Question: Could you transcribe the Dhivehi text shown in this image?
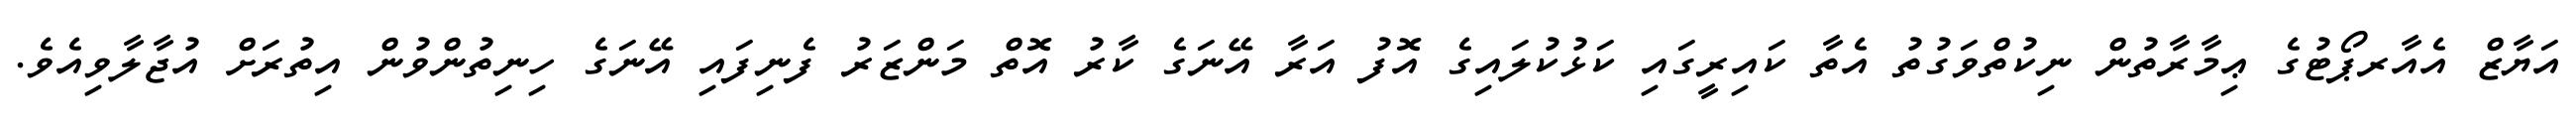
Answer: އަޔާޒް އެއާރޕޯޓުގެ ޢިމާރާތުން ނިކުތްވަގުތު އެތާ ކައިރީގައި ކަޅުކުލައިގެ އޮފު އަރާ އޭނަގެ ކާރު އޮތް މަންޒަރު ފެނިފައި އޭނަގެ ހިނިތުންވުން އިތުރަށް އުޖާލާވިއެވެ.